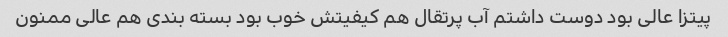
پیتزا عالی بود دوست داشتم آب پرتقال هم کیفیتش خوب بود بسته بندی هم عالی ممنون